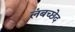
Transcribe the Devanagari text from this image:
लंबच्छेद